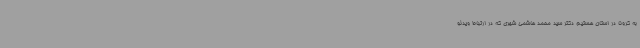
به کرونا در استان هستیم دکتر سید محمد هاشمی شهری که در ارتباط ویدئو